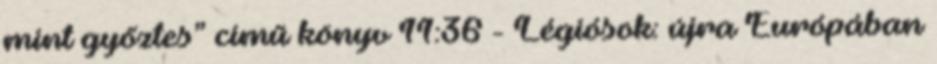
mint győztes” című könyv 11:36 - Légiósok: újra Európában